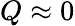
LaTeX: Q\approx 0